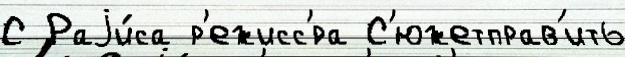
С Раjи́са р'ежисс'́ра С'южетправ'ить